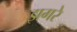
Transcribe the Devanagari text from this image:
झगरे